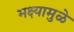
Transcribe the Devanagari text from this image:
भक्ष्यामुळे